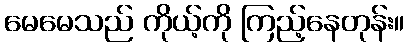
မေမေသည် ကိုယ့်ကို ကြည့်နေတုန်း။